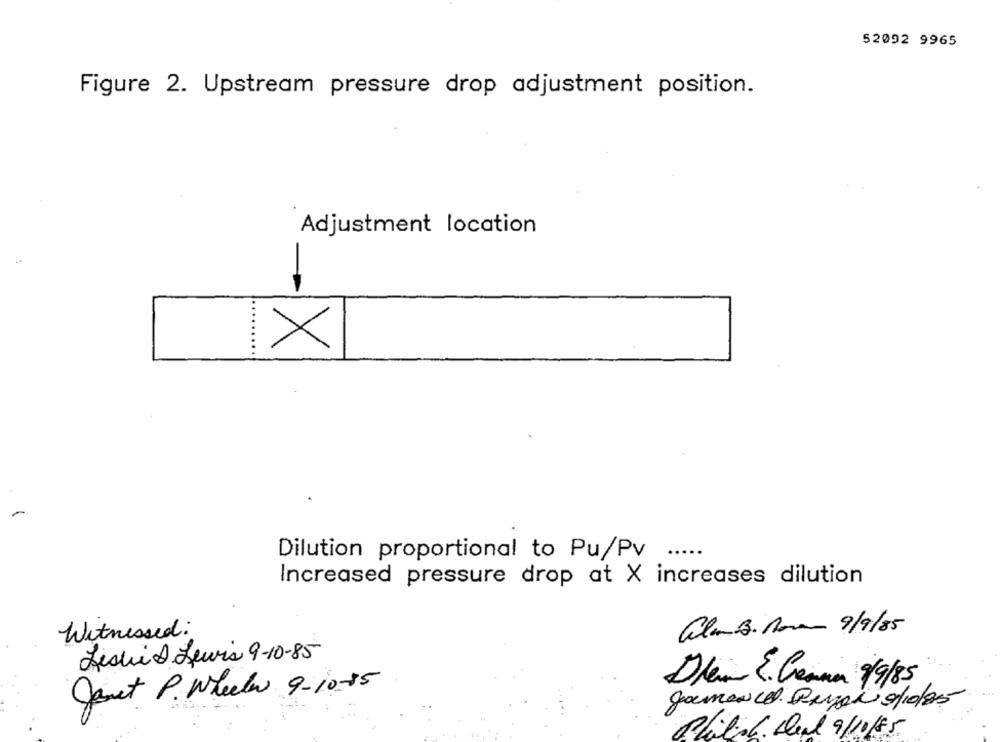
52092 9965
Figure 2. Upstream pressure drop adjustment position.
Adjustment location
IX
Dilution proportional to Pu/Pv
Increased pressure drop at X increases dilution
alam Bi nova 9/9/85
Witnessed:
Jesuis Lewis 9-10-85
Janet P. Wheeler 9-10-15
Dlem 2. Ceana 9/9/85
Chilis. Deal 9/10/85